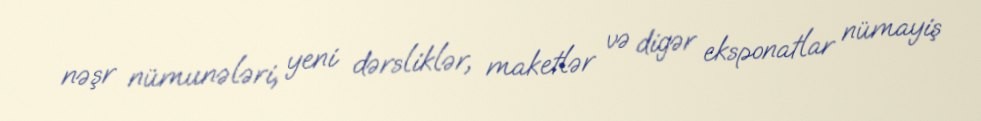
nəşr nümunələri, yeni dərsliklər, maketlər və digər eksponatlar nümayiş